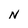
Character: N